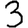
Digit: 3